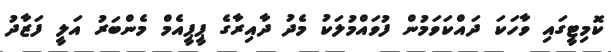
ކޮމިޓީގައި ވާހަކަ ދައްކަވަމުން ފުވައްމުލަކު މެދު ދާއިރާގެ ޕީޕީއެމް މެންބަރު އަލީ ފަޒާދު